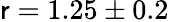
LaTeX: \mathsf{r}=1.25\pm0.2